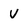
Character: V